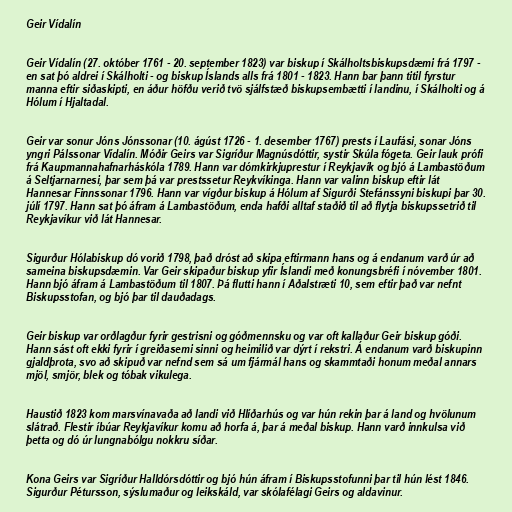
Geir Vídalín

Geir Vídalín (27. október 1761 - 20. september 1823) var biskup í Skálholtsbiskupsdæmi frá 1797 -
en sat þó aldrei í Skálholti - og biskup Íslands alls frá 1801 - 1823. Hann bar þann titil fyrstur
manna eftir siðaskipti, en áður höfðu verið tvö sjálfstæð biskupsembætti í landinu, í Skálholti og á
Hólum í Hjaltadal.

Geir var sonur Jóns Jónssonar (10. ágúst 1726 - 1. desember 1767) prests í Laufási, sonar Jóns
yngri Pálssonar Vídalín. Móðir Geirs var Sigríður Magnúsdóttir, systir Skúla fógeta. Geir lauk prófi
frá Kaupmannahafnarháskóla 1789. Hann var dómkirkjuprestur í Reykjavík og bjó á Lambastöðum
á Seltjarnarnesi, þar sem þá var prestssetur Reykvíkinga. Hann var valinn biskup eftir lát
Hannesar Finnssonar 1796. Hann var vígður biskup á Hólum af Sigurði Stefánssyni biskupi þar 30.
júlí 1797. Hann sat þó áfram á Lambastöðum, enda hafði alltaf staðið til að flytja biskupssetrið til
Reykjavíkur við lát Hannesar.

Sigurður Hólabiskup dó vorið 1798, það dróst að skipa eftirmann hans og á endanum varð úr að
sameina biskupsdæmin. Var Geir skipaður biskup yfir Íslandi með konungsbréfi í nóvember 1801.
Hann bjó áfram á Lambastöðum til 1807. Þá flutti hann í Aðalstræti 10, sem eftir það var nefnt
Biskupsstofan, og bjó þar til dauðadags.

Geir biskup var orðlagður fyrir gestrisni og góðmennsku og var oft kallaður Geir biskup góði.
Hann sást oft ekki fyrir í greiðasemi sinni og heimilið var dýrt í rekstri. Á endanum varð biskupinn
gjaldþrota, svo að skipuð var nefnd sem sá um fjármál hans og skammtaði honum meðal annars
mjöl, smjör, blek og tóbak vikulega.

Haustið 1823 kom marsvínavaða að landi við Hlíðarhús og var hún rekin þar á land og hvölunum
slátrað. Flestir íbúar Reykjavíkur komu að horfa á, þar á meðal biskup. Hann varð innkulsa við
þetta og dó úr lungnabólgu nokkru síðar.

Kona Geirs var Sigríður Halldórsdóttir og bjó hún áfram í Biskupsstofunni þar til hún lést 1846.
Sigurður Pétursson, sýslumaður og leikskáld, var skólafélagi Geirs og aldavinur.